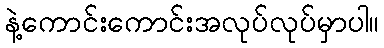
နဲ့ကောင်းကောင်းအလုပ်လုပ်မှာပါ။